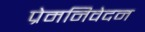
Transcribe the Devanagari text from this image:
प्रेमनिवेदन